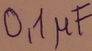
Text: 0,1µF